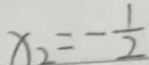
x _ { 2 } = - \frac { 1 } { 2 }